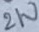
Text: 2W